Theory and practice of anti-rabic immunisation - Number 30
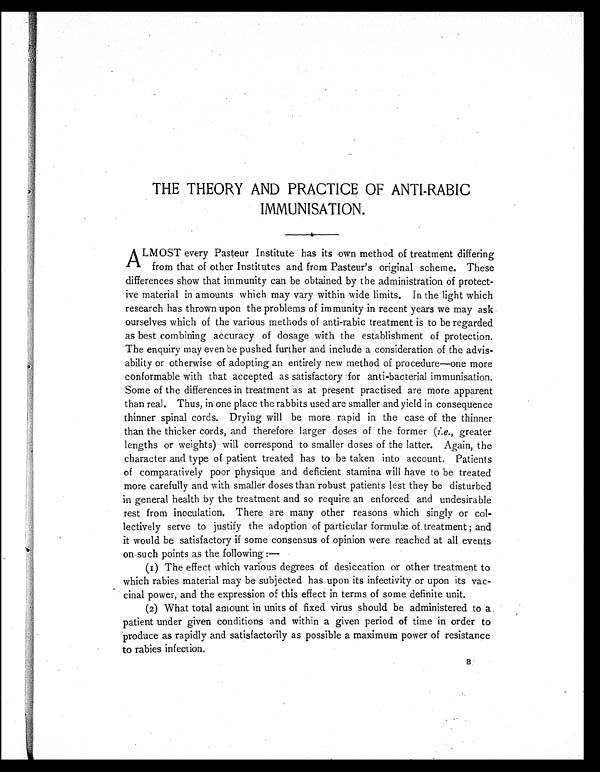
THE THEORY AND PRACTICE OF ANTI-RABIC
IMMUNISATION.
A
LMOST every Pasteur Institute has its own method of treatment differing
from that of other Institutes and from Pasteur's original scheme. These
differences show that immunity can be obtained by the administration of protect-
ive material in amounts which may vary within wide limits. In the light which
research has thrown upon the problems of immunity in recent years we may ask
ourselves which of the various methods of anti-rabic treatment is to be regarded
as best combining accuracy of dosage with the establishment of protection.
The enquiry may even be pushed further and include a consideration of the advis-
ability or otherwise of adopting an entirely new method of procedure—one more
conformable with that accepted as satisfactory for anti-bacterial immunisation.
Some of the differences in treatment as at present practised are more apparent
than real. Thus, in one place the rabbits used are smaller and yield in consequence
thinner spinal cords. Drying will be more rapid in the case of the thinner
than the thicker cords, and therefore larger doses of the former ( i.e., greater
lengths or weights) will correspond to smaller doses of the latter. Again, the
character and type of patient treated has to be taken into account. Patients
of comparatively poor physique and deficient stamina will have to be treated
more carefully and with smaller doses than robust patients lest they be disturbed
in general health by the treatment and so require an enforced and undesirable
rest from inoculation. There are many other reasons which singly or col-
lectively serve to justify the adoption of particular formulæ of treatment ; and
it would be satisfactory if some consensus of opinion were reached at all events
on such points as the following :—
(1) The effect which various degrees of desiccation or other treatment to
which rabies material may be subjected has upon its infectivity or upon its vac-
cinal power, and the expression of this effect in terms of some definite unit.
(2) What total amount in units of fixed virus should be administered to a
patient under given conditions and within a given period of time in order to
produce as rapidly and satisfactorily as possible a maximum power of resistance
to rabies infection.
B